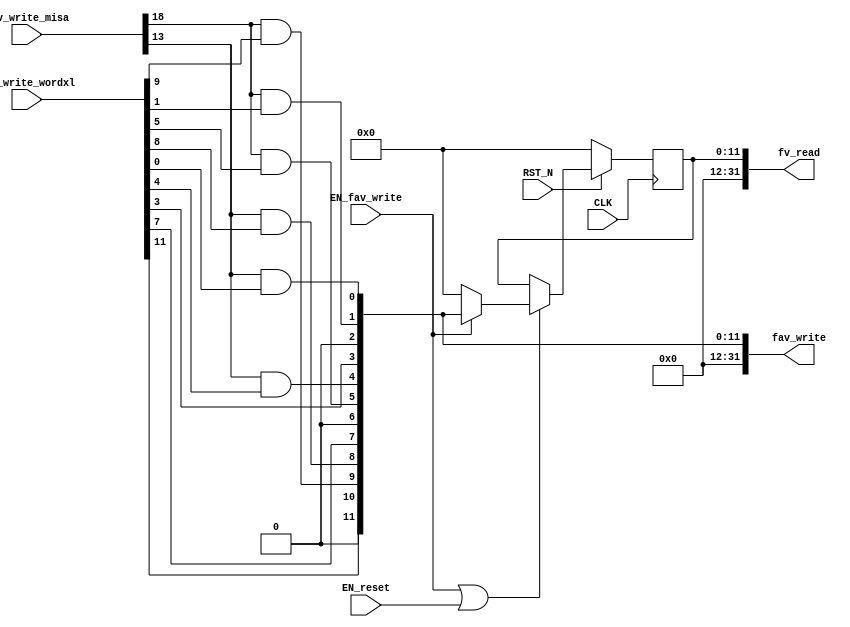
//
// Generated by Bluespec Compiler, version 2019.05.beta2 (build a88bf40db, 2019-05-24)
//
//
//
//
// Ports:
// Name                         I/O  size props
// fv_read                        O    32
// fav_write                      O    32
// CLK                            I     1 clock
// RST_N                          I     1 reset
// fav_write_misa                 I    28
// fav_write_wordxl               I    32
// EN_reset                       I     1
// EN_fav_write                   I     1
//
// Combinational paths from inputs to outputs:
//   (fav_write_misa, fav_write_wordxl) -> fav_write
//
//

`ifdef BSV_ASSIGNMENT_DELAY
`else
  `define BSV_ASSIGNMENT_DELAY
`endif

`ifdef BSV_POSITIVE_RESET
  `define BSV_RESET_VALUE 1'b1
  `define BSV_RESET_EDGE posedge
`else
  `define BSV_RESET_VALUE 1'b0
  `define BSV_RESET_EDGE negedge
`endif

module mkCSR_MIE(CLK,
		 RST_N,

		 EN_reset,

		 fv_read,

		 fav_write_misa,
		 fav_write_wordxl,
		 EN_fav_write,
		 fav_write);
  input  CLK;
  input  RST_N;

  // action method reset
  input  EN_reset;

  // value method fv_read
  output [31 : 0] fv_read;

  // actionvalue method fav_write
  input  [27 : 0] fav_write_misa;
  input  [31 : 0] fav_write_wordxl;
  input  EN_fav_write;
  output [31 : 0] fav_write;

  // signals for module outputs
  wire [31 : 0] fav_write, fv_read;

  // register rg_mie
  reg [11 : 0] rg_mie;
  wire [11 : 0] rg_mie$D_IN;
  wire rg_mie$EN;

  // rule scheduling signals
  wire CAN_FIRE_fav_write,
       CAN_FIRE_reset,
       WILL_FIRE_fav_write,
       WILL_FIRE_reset;

  // remaining internal signals
  wire [11 : 0] mie__h88;
  wire seie__h119, ssie__h113, stie__h116, ueie__h118, usie__h112, utie__h115;

  // action method reset
  assign CAN_FIRE_reset = 1'd1 ;
  assign WILL_FIRE_reset = EN_reset ;

  // value method fv_read
  assign fv_read = { 20'd0, rg_mie } ;

  // actionvalue method fav_write
  assign fav_write = { 20'd0, mie__h88 } ;
  assign CAN_FIRE_fav_write = 1'd1 ;
  assign WILL_FIRE_fav_write = EN_fav_write ;

  // register rg_mie
  assign rg_mie$D_IN = EN_fav_write ? mie__h88 : 12'd0 ;
  assign rg_mie$EN = EN_fav_write || EN_reset ;

  // remaining internal signals
  assign mie__h88 =
	     { fav_write_wordxl[11],
	       1'b0,
	       seie__h119,
	       ueie__h118,
	       fav_write_wordxl[7],
	       1'b0,
	       stie__h116,
	       utie__h115,
	       fav_write_wordxl[3],
	       1'b0,
	       ssie__h113,
	       usie__h112 } ;
  assign seie__h119 = fav_write_misa[18] && fav_write_wordxl[9] ;
  assign ssie__h113 = fav_write_misa[18] && fav_write_wordxl[1] ;
  assign stie__h116 = fav_write_misa[18] && fav_write_wordxl[5] ;
  assign ueie__h118 = fav_write_misa[13] && fav_write_wordxl[8] ;
  assign usie__h112 = fav_write_misa[13] && fav_write_wordxl[0] ;
  assign utie__h115 = fav_write_misa[13] && fav_write_wordxl[4] ;

  // handling of inlined registers

  always@(posedge CLK)
  begin
    if (RST_N == `BSV_RESET_VALUE)
      begin
        rg_mie <= `BSV_ASSIGNMENT_DELAY 12'd0;
      end
    else
      begin
        if (rg_mie$EN) rg_mie <= `BSV_ASSIGNMENT_DELAY rg_mie$D_IN;
      end
  end

  // synopsys translate_off
  `ifdef BSV_NO_INITIAL_BLOCKS
  `else // not BSV_NO_INITIAL_BLOCKS
  initial
  begin
    rg_mie = 12'hAAA;
  end
  `endif // BSV_NO_INITIAL_BLOCKS
  // synopsys translate_on
endmodule  // mkCSR_MIE